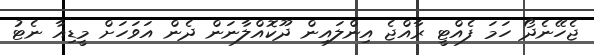
ޖެހޭނެދޯ ހަމަ ފެއްޓީ ރާއްޖެ އިންލައިން ދޫކޮއްލާނަން ދެން އަވަހަށް މީޑިއާ ނެޓު